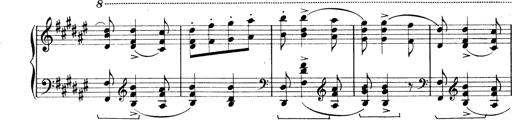
Title: Rapsodie: 19 ungheresi, 1 spagnuola
Composer: Franz Liszt